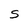
Character: S